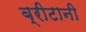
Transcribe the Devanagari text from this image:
ब्रीटानी